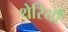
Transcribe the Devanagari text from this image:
थेरियाँ